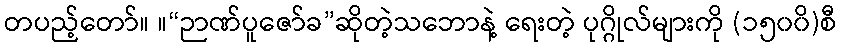
တပည့်တော်။ ။“ဉာဏ်ပူဇော်ခ”ဆိုတဲ့သဘောနဲ့ ရေးတဲ့ ပုဂ္ဂိုလ်များကို (၁၅၀၀ိ)စီ